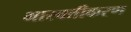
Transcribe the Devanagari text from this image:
भास्वतीकरण